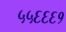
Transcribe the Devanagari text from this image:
५५६६६१